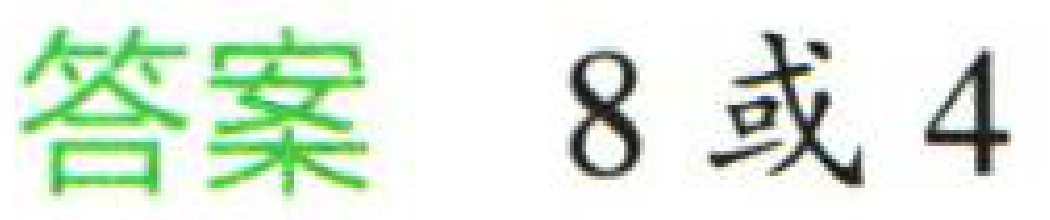
答案 8或4